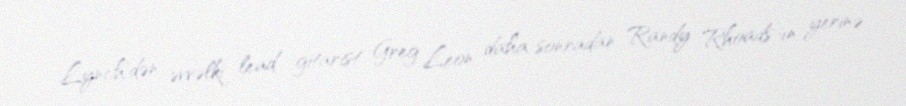
Lynch'dən əvvəlki lead gitarist Greg Leon daha sonradan Randy Rhoads-ın yerinə